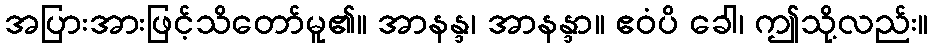
အပြားအားဖြင့်သိတော်မူ၏။ အာနန္ဒ၊ အာနန္ဒာ။ ဧဝံပိ ခေါ၊ ဤသို့လည်း။